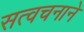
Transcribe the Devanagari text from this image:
सत्वचनाने